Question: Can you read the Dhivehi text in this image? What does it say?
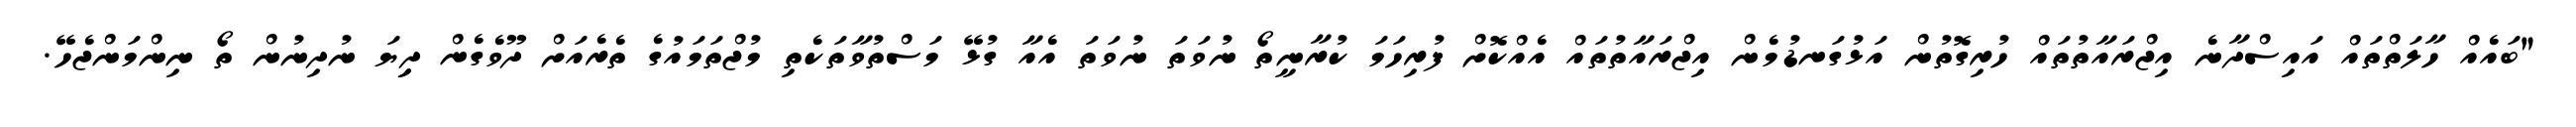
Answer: "ބައެއް ހާލަތްތައް އައިސްދާނެ އިޖްރައާތުތައް ހުރިގޮތުން އަޅުގަނޑުމެން އިޖްރައާތުތައް އެއްކޮށް ފުރިހަމަ ކުރާނީތޯ ނުވަތަ ނުވަތަ އެއާ ގުޅޭ މަސްތުވާތަކެތި މުޖްތަމައުގެ ތެރެއަށް ދޫވެގެން ދިިޔަ ނުދިނުން ތޯ ނިންމަންޖެހޭ.